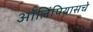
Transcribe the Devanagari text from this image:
ऑलिंपियासचे